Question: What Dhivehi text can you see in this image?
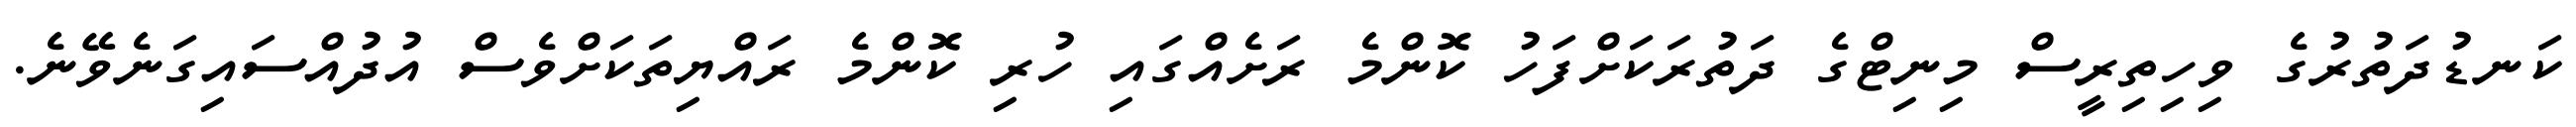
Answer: ކަނޑުދަތުރުގެ ވިހިތިރީސް މިނިޓްގެ ދަތުރަކަށްފަހު ކޮންމެ ރަށެއްގައި ހުރި ކޮންމެ ރައްޔިތަކަށްވެސް އުދުއްސައިގަނެވޭނެ.